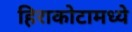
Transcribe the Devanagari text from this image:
हिराकोटामध्ये